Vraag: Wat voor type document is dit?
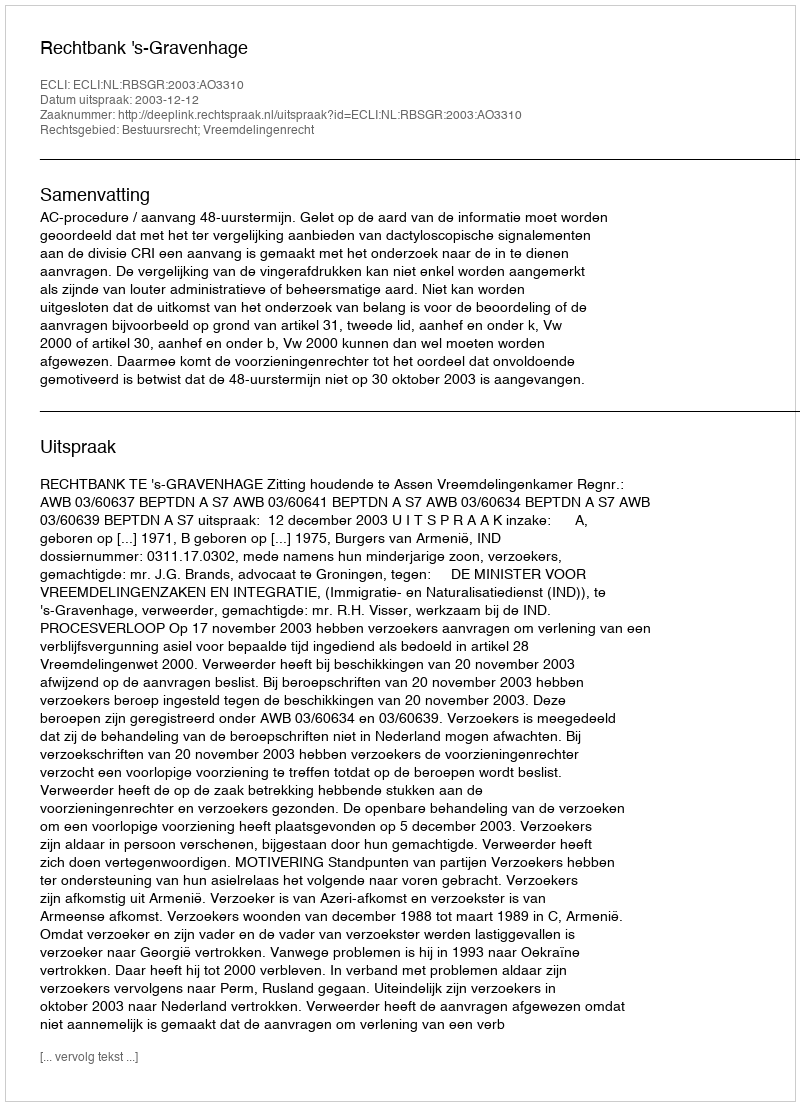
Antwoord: Uitspraak